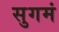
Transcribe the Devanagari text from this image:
सुगमं